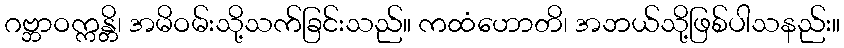
ဂဗ္ဘာဝက္ကန္တိ၊ အမိဝမ်းသို့သက်ခြင်းသည်။ ကထံဟောတိ၊ အဘယ်သို့ဖြစ်ပါသနည်း။